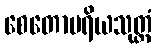
စေတောပရိယသုတ္တံ